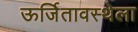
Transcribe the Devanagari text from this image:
ऊर्जितावस्थेला